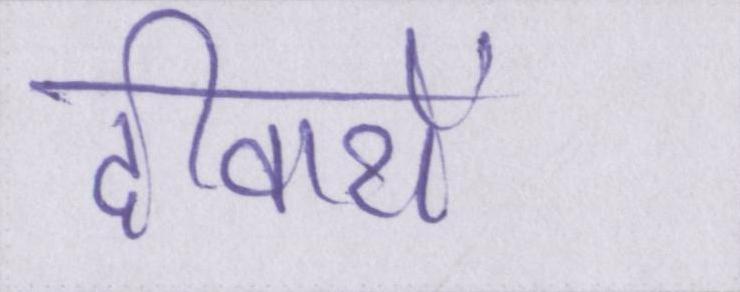
दीवारों